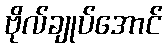
ဗိုလ်ချုပ်အောင်